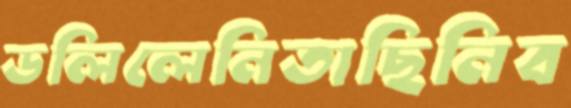
ডলিলেনিতাছিনিব